Indian journal of veterinary science and animal husbandry - Volumes 18-21, 1948-1951
Year: 1948
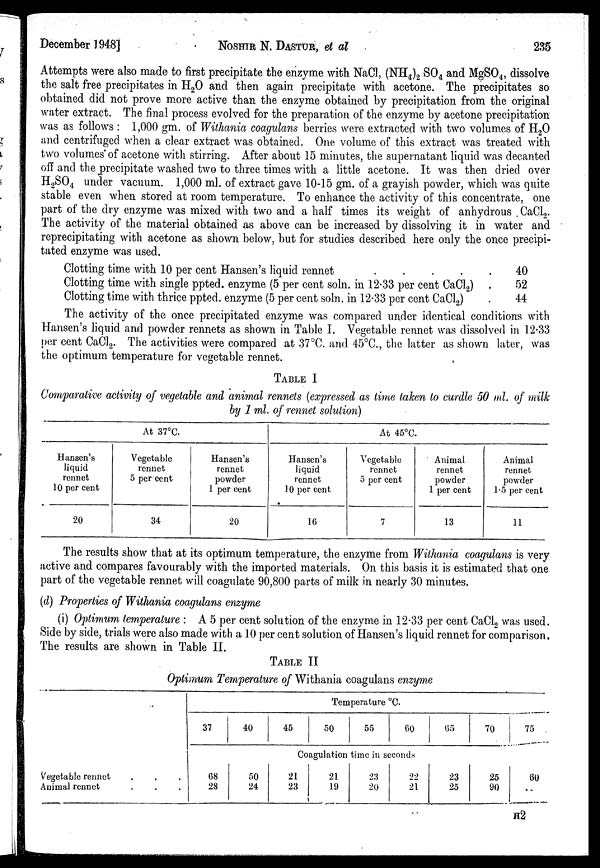
December 1948]
NOSHIR
N. DASTUR, et
al
235
Attempts were also made to first precipitate the enzyme with NaCl, (NH 4 ) 2 SO 4 and MgSO 4 , dissolve
the salt free precipitates in H 2 O and then again precipitate with acetone. The precipitates so
obtained did not prove more active than the enzyme obtained by precipitation from the original
water extract. The final process evolved for the preparation of the enzyme by acetone precipitation
was as follows : 1,000 gm. of Withania coagulans berries were extracted with two volumes of H 2 O
and centrifuged when a clear extract was obtained. One volume of this extract was treated with
two volumes of acetone with stirring. After about 15 minutes, the supernatant liquid was decanted
off and the precipitate washed two to three times with a little acetone. It was then dried over
H 2 SO 4 under vacuum. 1,000 ml. of extract gave 10-15 gm. of a grayish powder, which was quite
stable even when stored at room temperature. To enhance the activity of this concentrate, one
part of the dry enzyme was mixed with two and a half times its weight of anhydrous CaCl 2 .
The activity of the material obtained as above can be increased by dissolving it in water and
reprecipitating with acetone as shown below, but for studies described here only the once precipi-
tated enzyme was used.
Clotting time with 10 per cent Hansen's liquid rennet
.
.
.
.
.
Clotting time with single ppted. enzyme (5 per cent soln. in 12.33 per cent CaCl 2 ) .
Clotting time with thrice ppted. enzyme (5 per cent soln. in 12.33 per cent CaCl 2 ) .
40
52
44
The activity of the once precipitated enzyme was compared under identical conditions with
Hansen's liquid and powder rennets as shown in Table I. Vegetable rennet was dissolved in 12.33
per cent CaCl 2 . The activities were compared at 37°C. and 45°C., the latter as shown later, was
the optimum temperature for vegetable rennet.
TABLE I
Comparative activity of vegetable and animal rennets (expressed as time taken to curdle 50 ml. of milk
by 1 ml. of rennet solution)
At 37°C.
Hansen's
liquid
rennet
10 per cent
20
Vegetable
rennet
5 per cent
34
Hansen's
rennet
powder
1 per cent
20
At 45°C.
Hansen's
liquid
rennet
10 per cent
16
Vegetable
rennet
5 per cent
7
Animal
rennet
powder
1 per cent
13
Animal
rennet
powder
1.5 per cent
11
The results show that at its optimum temperature, the enzyme from Withania coagulans is very
active and compares favourably with the imported materials. On this basis it is estimated that one
part of the vegetable rennet will coagulate 90,800 parts of milk in nearly 30 minutes.
(d) Properties of Withania coagulans enzyme
(i) Optimum temperature : A 5 per cent solution of the enzyme in 12.33 per cent CaCl 2 was used.
Side by side, trials were also made with a 10 per cent solution of Hansen's liquid rennet for comparison.
The results are shown in Table II.
TABLE II
Optimum Temperature of Withania coagulans enzyme
Vegetable rennet . . .
Animal rennet . . .
Temperature °C.
37
40
45
50
55
60
65
70 75
Coagulation time in seconds
68
28
50
24
21
23
21
19
23
20
22
21
23
25
25
90
60
H 2